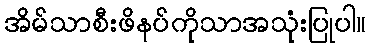
အိမ်သာစီးဖိနပ်ကိုသာအသုံးပြုပါ။